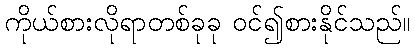
ကိုယ်စားလိုရာတစ်ခုခု ဝင်၍စားနိုင်သည်။